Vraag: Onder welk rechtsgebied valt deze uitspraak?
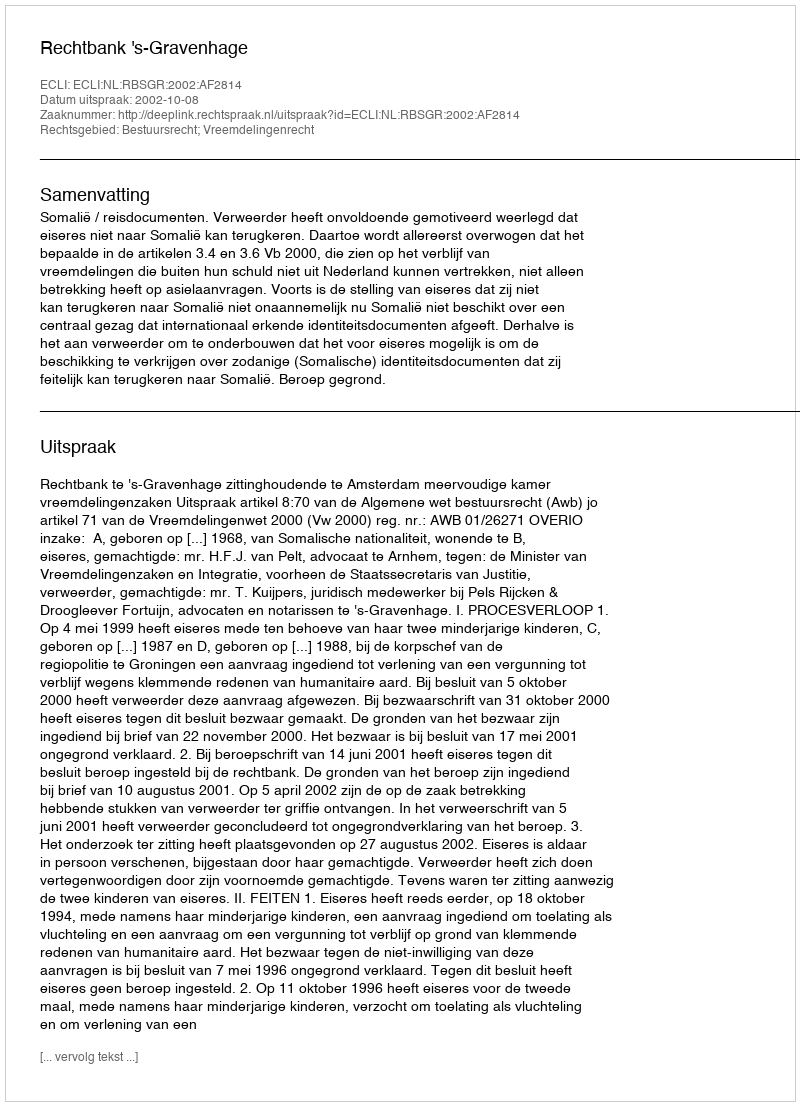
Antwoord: Bestuursrecht; Vreemdelingenrecht